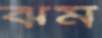
ঝম